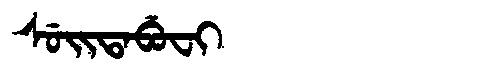
Manchu: ᠰᡠᡳᡨᠠᠪᡠᠸᡳ
Romanization: SUITABUFI